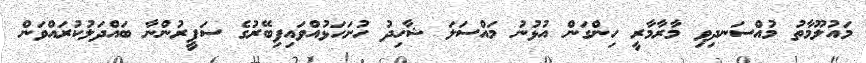
މައުލޫމާތު މުއްސަނދިވި މާރާމާރީ ހިންގަން އުޅުނު މައްސަލަ ޝާހިދު ހުށަހަޅުއްވައިފިބޭރުގެ ސަފީރުންނާ ބައްދަލުކުރައްވަން